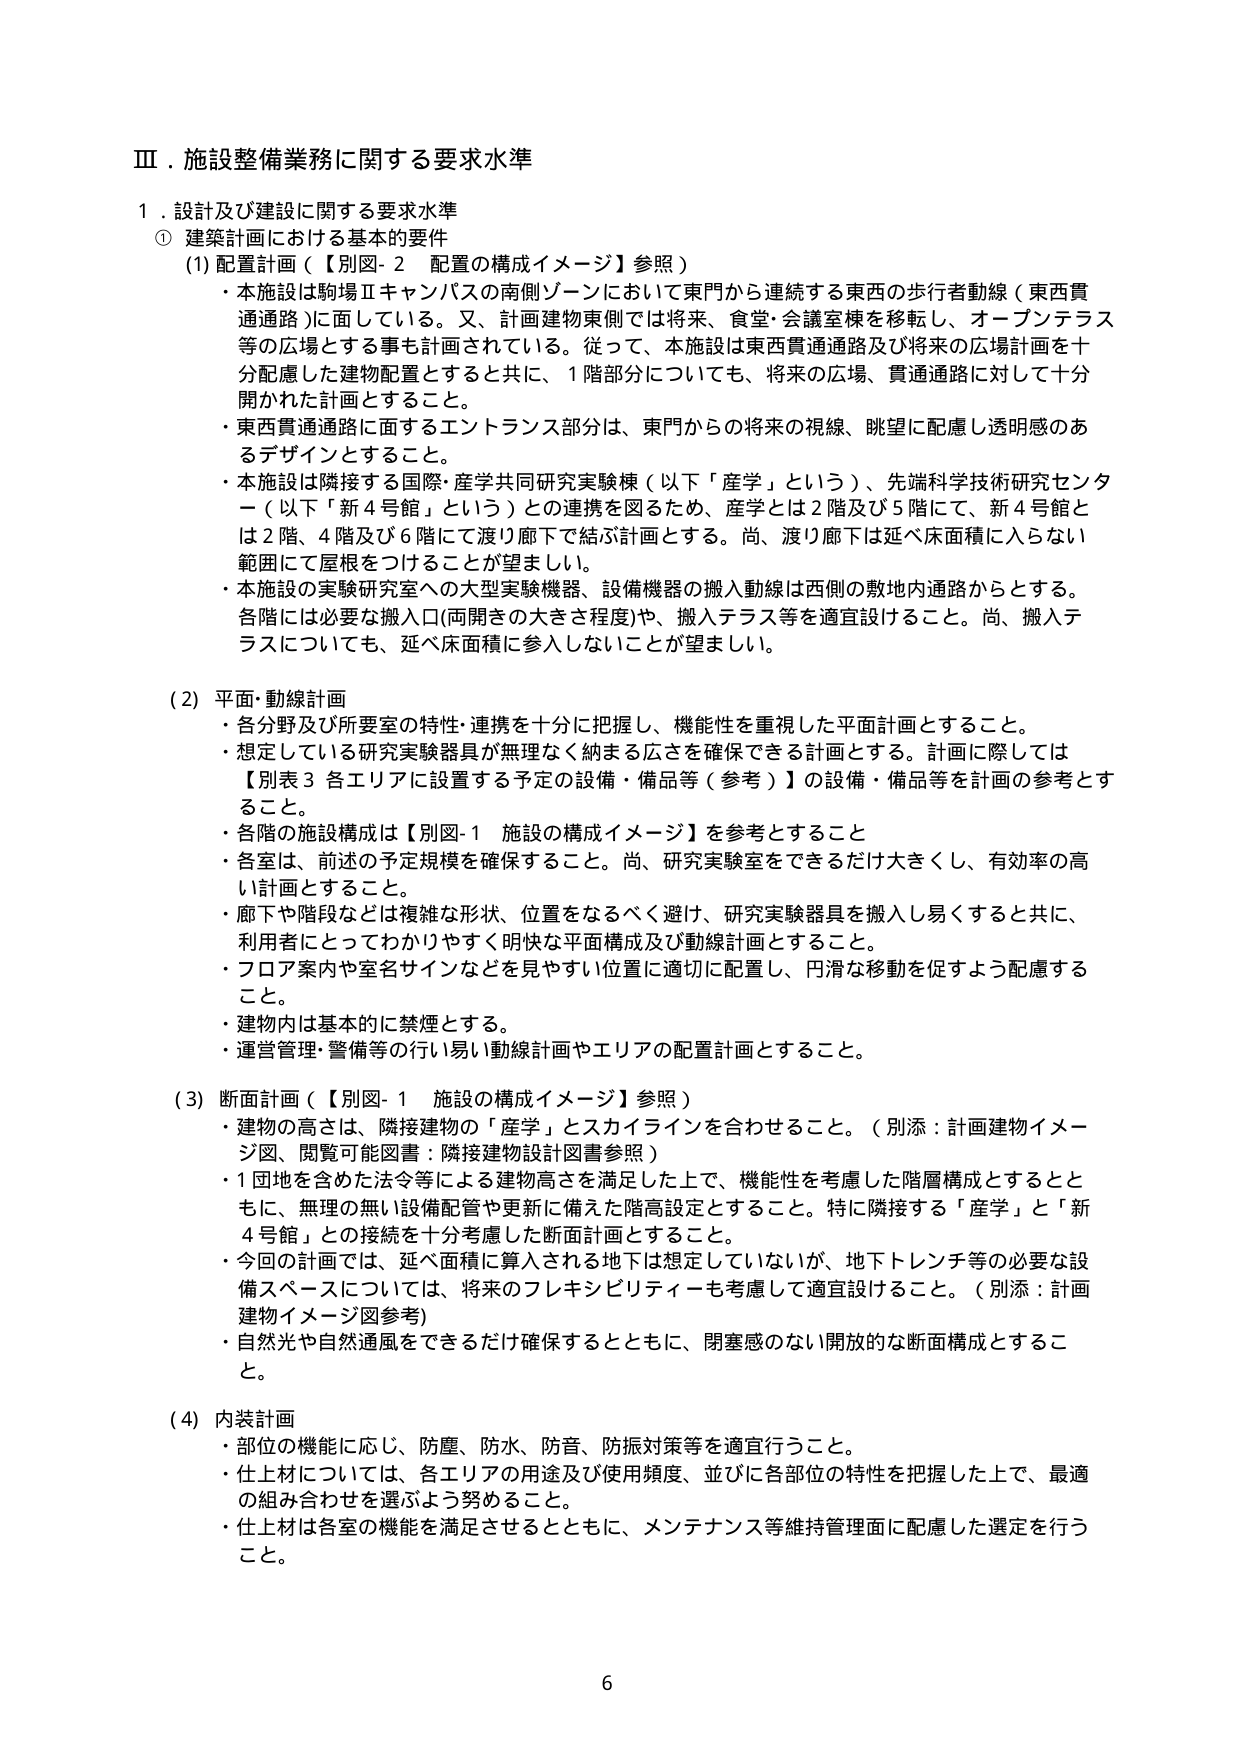
Ⅲ．施設整備業務に関する要求水準

１．設計及び建設に関する要求水準
① 建築計画における基本的要件
(1) 配置計画（【別図-2 配置の構成イメージ】参照）
・本施設は騎場Ⅱキャンパスの南側ゾーンにおいて東門から連続する東西の歩行者動線（東西貫通通路）に面している。又、計画建物東側では将来、食堂・会議室棟を移転し、オープンテラス等の広場とする事も計画されている。従って、本施設は東西貫通通路及び将来の広場計画を十分配慮した建物配置とすると共に、1階部分についても、将来の広場、貫通通路に対して十分開かれた計画とすること。
・東西貫通通路に面するエントランス部分は、東門からの将来の視線、眺望に配慮し透明感のあるデザインとすること。
・本施設は隣接する国際・産学共同研究実験棟（以下「産学」という）、先端科学技術研究センター（以下「新4号館」という）との連携を図るため、産学とは2階及び5階にて、新4号館とは2階、4階及び6階にて渡り廊下で結ぶ計画とする。尚、渡り廊下は延べ床面積に入らない範囲にて屋根をつけることが望ましい。
・本施設の実験研究室への大型実験機器、設備機器の搬入動線は西側の敷地内通路からとする。各階には必要な搬入口（両開きの大きさ程度）や、搬入テラス等を適宜設けること。尚、搬入テラスについても、延べ床面積に参入しないことが望ましい。

(2) 平面・動線計画
・各分野及び所要室の特性・連携を十分に把握し、機能性を重視した平面計画とすること。
・想定している研究実験器具が無理なく納まる広さを確保できる計画とする。計画に際しては【別表3 各エリアに設置する予定の設備・備品等（参考）】の設備・備品等を計画の参考とすること。
・各階の施設構成は【別図-1 施設の構成イメージ】を参考とすること
・各室は、前述の予定規模を確保すること。尚、研究実験室をできるだけ大きくし、有効率の高い計画とすること。
・廊下や階段などは複雑な形状、位置をなるべく避け、研究実験器具を搬入し易くすると共に、利用者にとってわかりやすく明快な平面構成及び動線計画とすること。
・フロア案内や室名サインなどを見やすい位置に適切に配置し、円滑な移動を促すよう配慮すること。
・建物内は基本的に禁煙とする。
・運営管理・警備等の行い易い動線計画やエリアの配置計画とすること。

(3) 断面計画（【別図-1 施設の構成イメージ】参照）
・建物の高さは、隣接建物の「産学」とスカイラインを合わせること。（別添：計画建物イメージ図、閲覧可能図書：隣接建物設計図書参照）
・1団地を含めた法令等による建物高さを満足した上で、機能性を考慮した階層構成とするとともに、無理の無い設備配管や更新に備えた階高設定とすること。特に隣接する「産学」と「新4号館」との接続を十分考慮した断面計画とすること。
・今回の計画では、延べ面積に算入される地下は想定していないが、地下トレンチ等の必要な設備スペースについては、将来のフレキシビリティーも考慮して適宜設けること。（別添：計画建物イメージ図参照）
・自然光や自然通風をできるだけ確保するとともに、閉塞感のない開放的な断面構成とすること。

(4) 内装計画
・部位の機能に応じ、防塵、防水、防音、防振対策等を適宜行うこと。
・仕上材については、各エリアの用途及び使用頻度、並びに各部位の特性を把握した上で、最適の組み合わせを選ぶよう努めること。
・仕上材は各室の機能を満足させるとともに、メンテナンス等維持管理面に配慮した選定を行うこと。

6